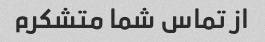
از تماس شما متشکرم